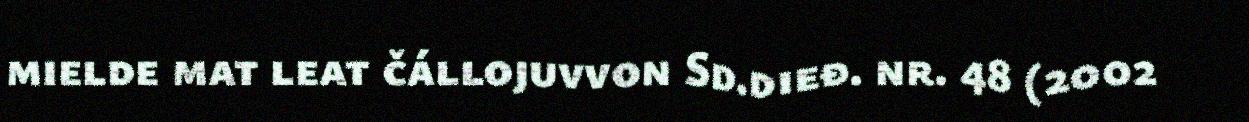
mielde mat leat čállojuvvon Sd.dieđ. nr. 48 (2002